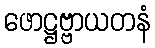
ဖောဋ္ဌဗ္ဗာယတနံ